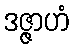
ဒဇ္ဇာဟံ